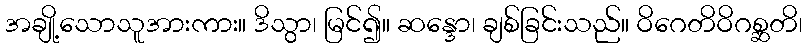
အချို့သောသူအားကား။ ဒိသွာ၊ မြင်၍။ ဆန္ဒော၊ ချစ်ခြင်းသည်။ ဝိဂေတိဝိဂစ္ဆတိ၊